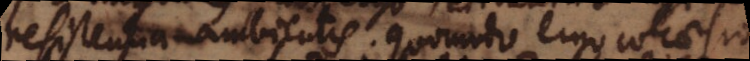
resistentia ambientis. Quomodo ergo cohaesi